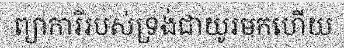
ព្យាការីរបស់ទ្រង់ជាយូរមកហើយ